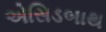
એસિડબાથ